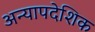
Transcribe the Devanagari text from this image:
अन्यापदेशिक